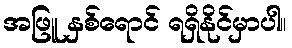
အဖြူ နှစ်ရောင် ရရှိနိုင်မှာပါ။